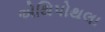
એથિપોથલા